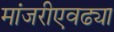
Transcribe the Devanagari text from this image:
मांजरीएवढ्या